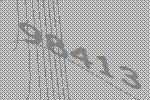
98413